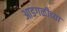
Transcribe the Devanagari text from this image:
आडगळीच्या